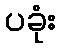
ပခုံး